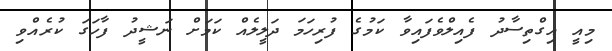
މިއީ އިގްތިސާދު ފެއިލްވެފައިވާ ކަމުގެ ފުރިހަމަ ދަލީލެއް ކަމަށް ނަޝީދު ފާހަގަ ކުރެއްވި